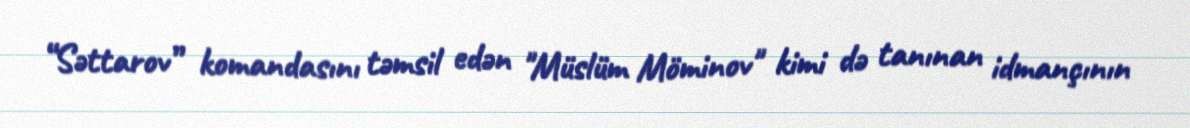
“Səttarov” komandasını təmsil edən "Müslüm Möminov" kimi də tanınan idmançının